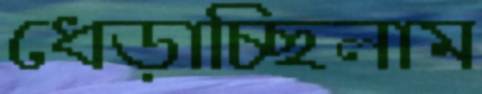
ধেড়াচ্ছিলাম